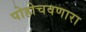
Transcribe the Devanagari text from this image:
पोहोचवणारा